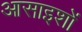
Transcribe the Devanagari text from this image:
आसाइशों